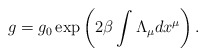
\begin{align*}g=g_0\exp\left(2\beta\int\Lambda_\mu dx^\mu\right).\end{align*}